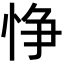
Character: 𢛵